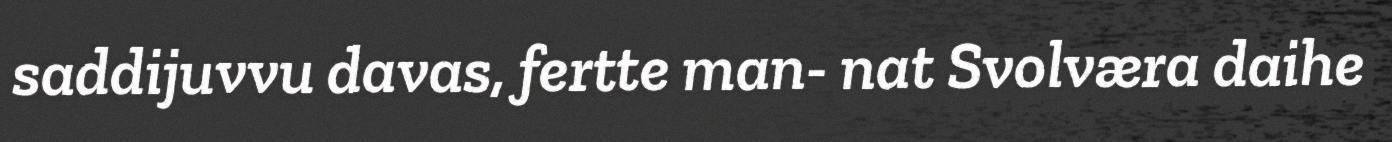
saddijuvvu davas, fertte man- nat Svolværa daihe